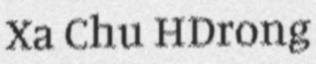
Xa Chu HDrong